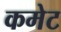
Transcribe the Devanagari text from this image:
कमेट